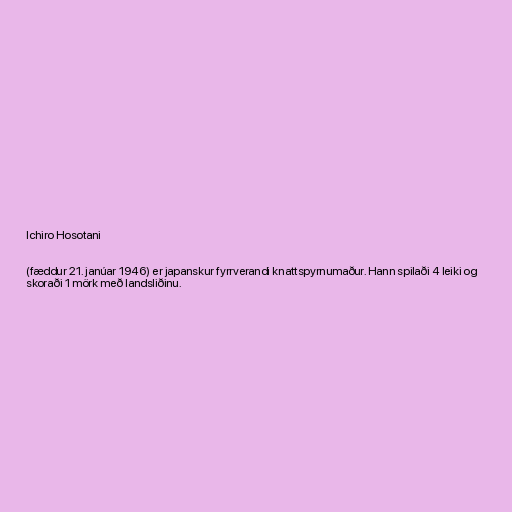
Ichiro Hosotani

(fæddur 21. janúar 1946) er japanskur fyrrverandi knattspyrnumaður. Hann spilaði 4 leiki og
skoraði 1 mörk með landsliðinu.